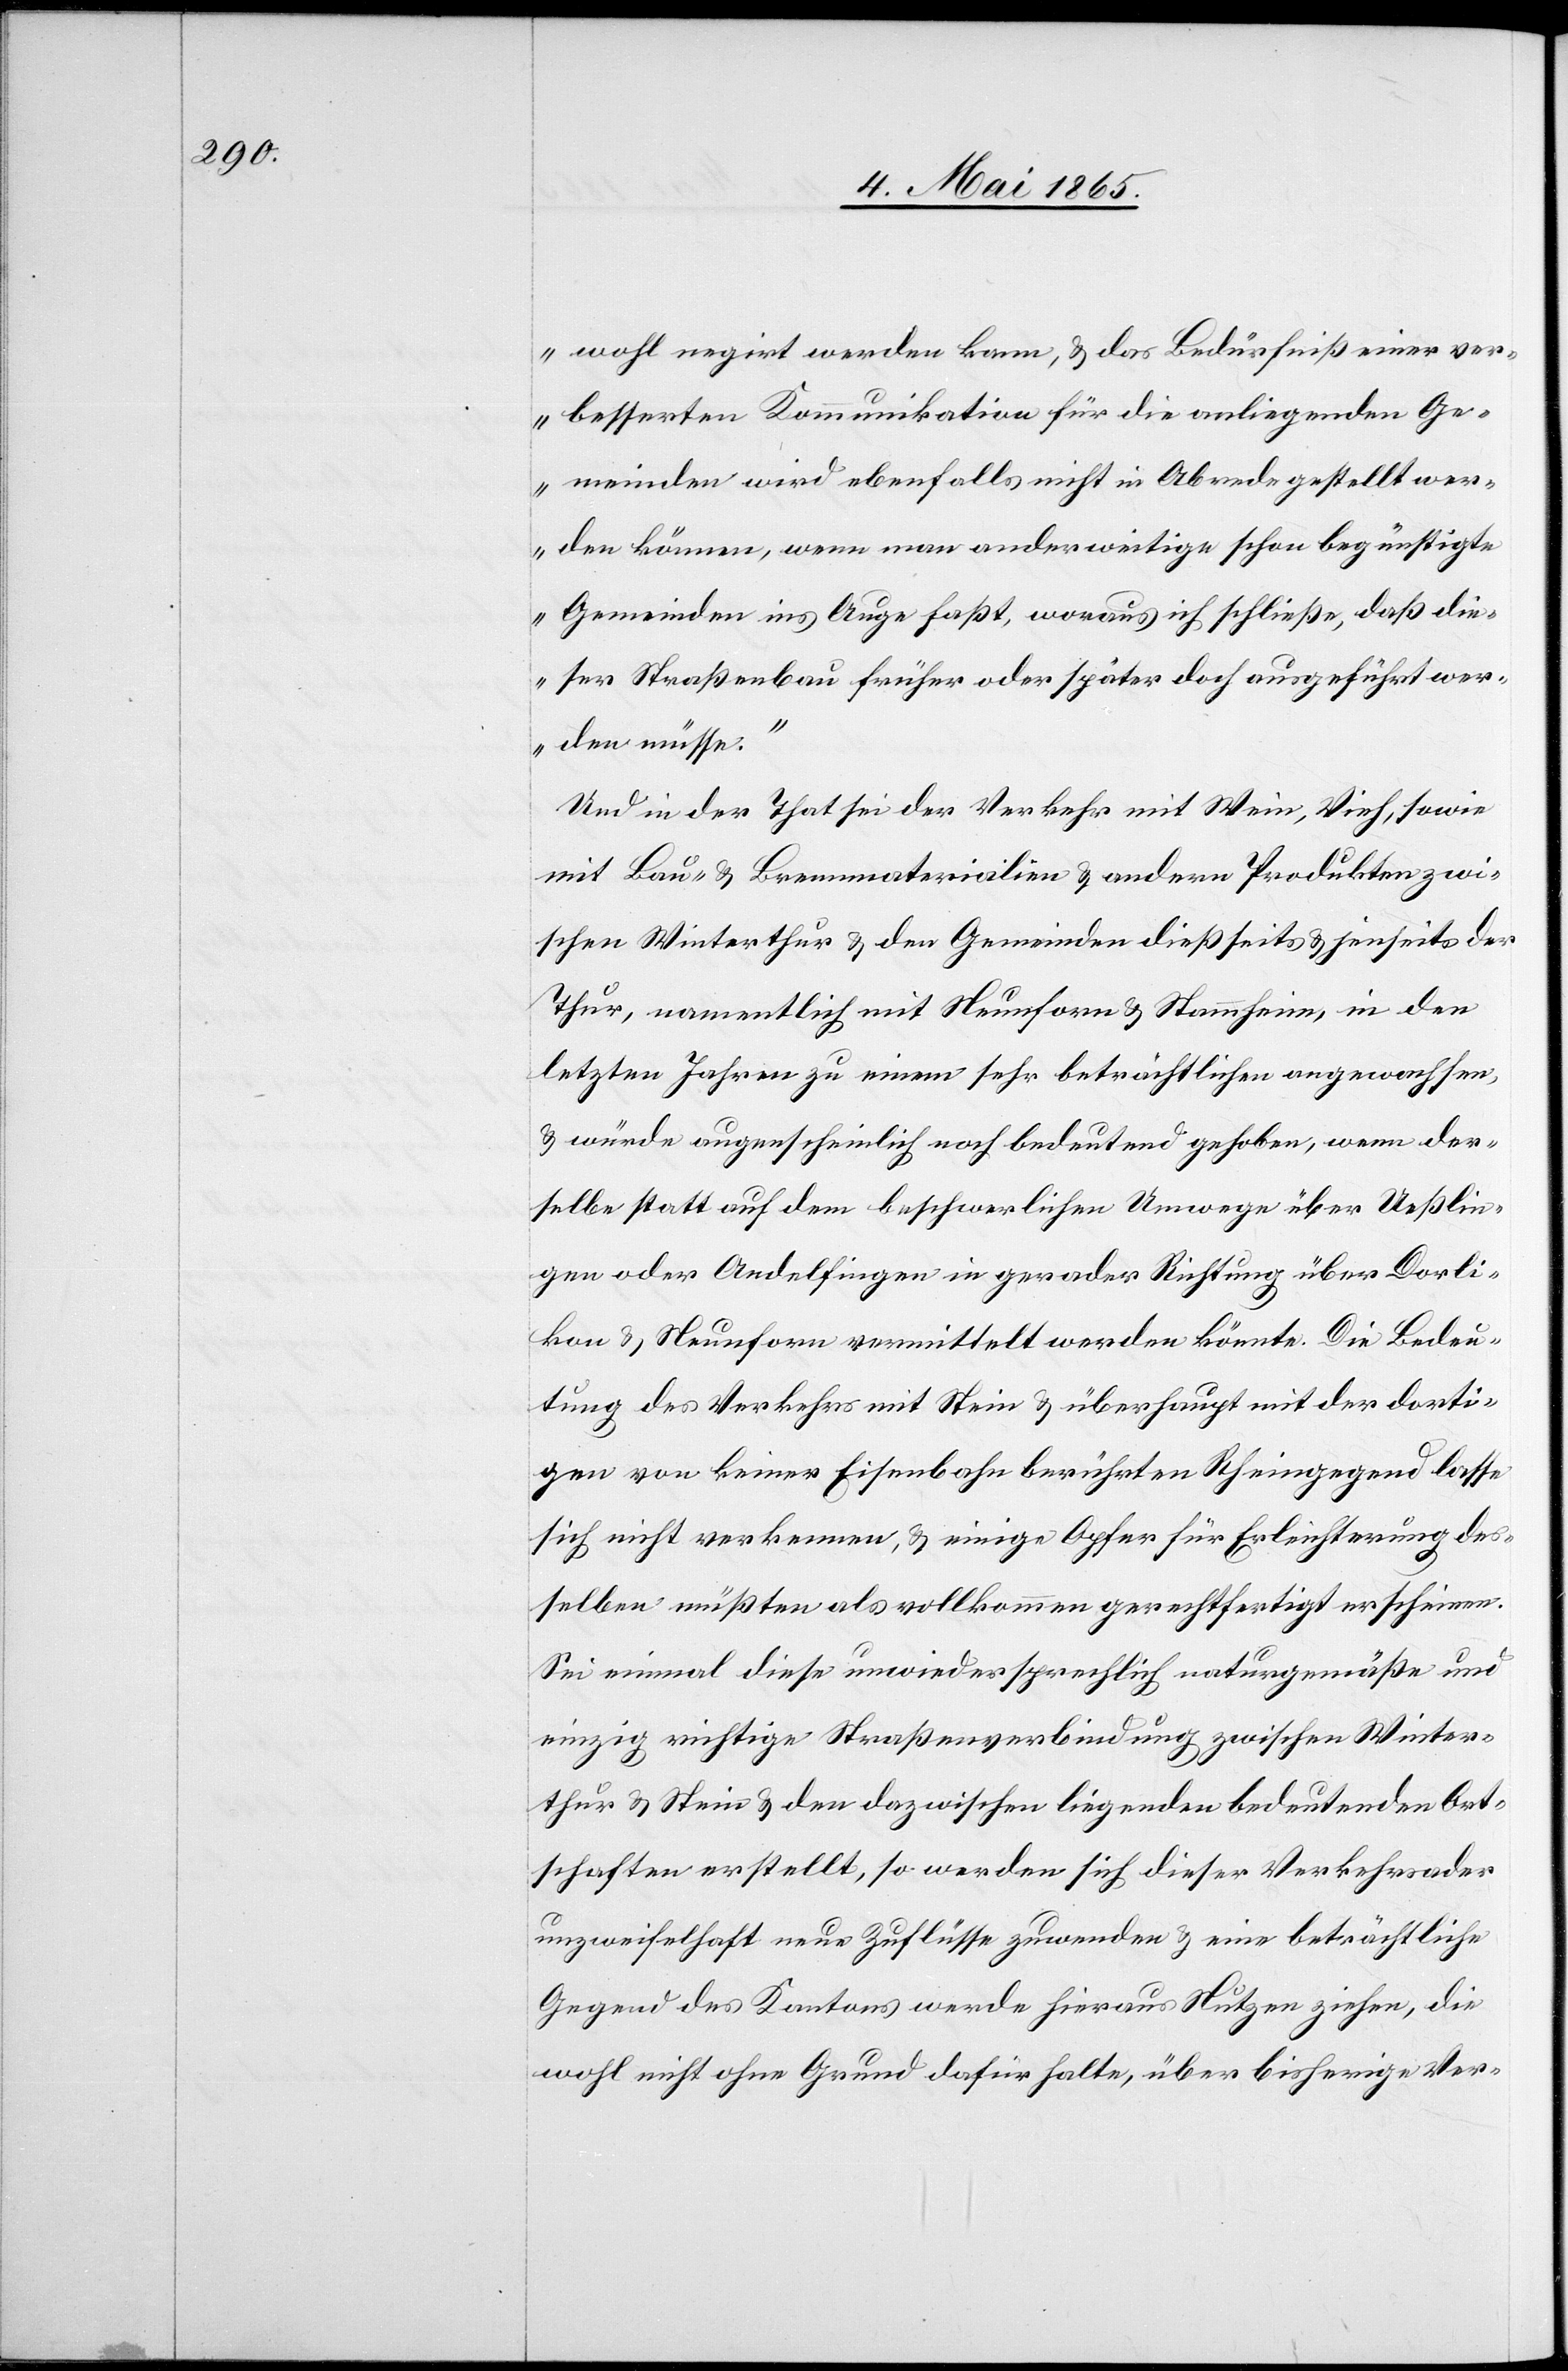
wohl negirt werden kann, & das Bedürfniß einer ver¬
besserten Kommunikation für die anliegenden Ge¬
meinden wird ebenfalls nicht in Abrede gestellt wer¬
den können, wenn man anderweitige schon begünstigte
Gemeinden ins Auge faßt, woraus ich schließe, daß die¬
ser Straßenbau früher oder später doch ausgeführt wer¬
den müsse.“
Und in der That sei der Verkehr mit Wein, Vieh, sowie
mit Bau- & Brennmaterialien & andern Produkten zwi¬
schen Winterthur & den Gemeinden dießseits & jenseits der
Thur, namentlich mit Neunforn & Stammheim, in den
letzten Jahren zu einem sehr beträchtlichen angewachsen,
& würde augenscheinlich noch bedeutend gehoben, wenn der¬
selbe statt auf dem beschwerlichen Umwege über Ueßlin¬
gen oder Andelfingen in gerader Richtung über Dorli¬
kon & Neunforn vermittelt werden könnte. Die Bedeu¬
tung des Verkehrs mit Stein & überhaupt mit der dorti¬
gen von keiner Eisenbahn berührten Rheingegend lasse
sich nicht verkennen, & einige Opfer für Erleichterung des¬
selben müßten als vollkommen gerechtfertigt erscheinen.
Sei einmal diese unwiedersprechlich naturgemäße und
einzig richtige Straßenverbindung zwischen Winter¬
thur & Stein & den dazwischen liegenden bedeutenden Ort¬
schaften erstellt, so werden sich dieser Verkehrsader
unzweifelhaft neue Zuflüsse zuwenden & eine beträchtliche
Gegend des Kantons werde hieraus Nutzen ziehen, die
wohl nicht ohne Grund dafür halte, über bisherige Ver-